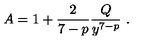
A = 1 + \frac { 2 } { 7 - p } \frac { Q } { y ^ { 7 - p } } \ .